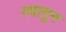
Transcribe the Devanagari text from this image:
त्यागुन